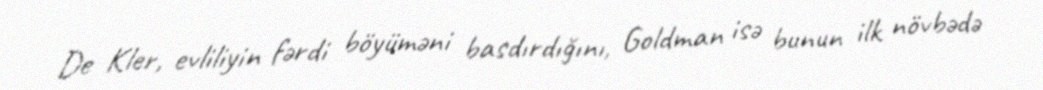
De Kler, evliliyin fərdi böyüməni basdırdığını, Goldman isə bunun ilk növbədə